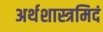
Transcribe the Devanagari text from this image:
अर्थशास्त्रमिदं